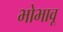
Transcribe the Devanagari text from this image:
भोभावू